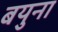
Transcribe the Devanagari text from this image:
बयुना